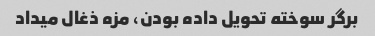
برگر سوخته تحویل داده بودن، مزه ذغال میداد